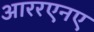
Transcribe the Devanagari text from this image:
आररएनए